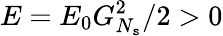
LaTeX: E=E_{0}G_{N_{\mathtt{s}}}^{2}/2>0